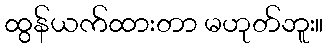
ထွန်ယက်ထားတာ မဟုတ်ဘူး။